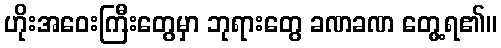
ဟိုးအဝေးကြီးတွေမှာ ဘုရားတွေ ခဏခဏ တွေ့ရ၏။